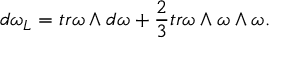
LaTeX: d \omega _ { L } = t r \omega \wedge d \omega + \frac { 2 } { 3 } t r \omega \wedge \omega \wedge \omega .